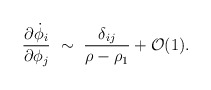
\begin{align*}{\partial \dot{\phi}_i \over \partial \phi_j} ~ \sim ~{\delta_{ij} \over \rho -\rho_1} + {\cal{O}} (1).\end{align*}